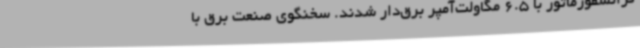
ترانسفورماتور با 6.5 مگاولت‌آمپر برق‌دار شدند. سخنگوی صنعت برق با